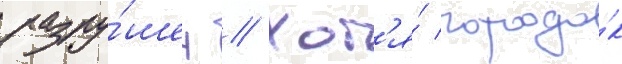
разру́шен // Хот'я́ городо́к